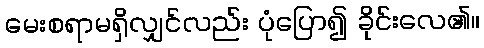
မေးစရာမရှိလျှင်လည်း ပုံပြော၍ ခိုင်းလေ၏။